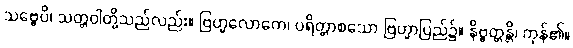
သဗ္ဗေပိ၊ သတ္တဝါတို့သည်လည်း။ ဗြဟ္မလောကေ၊ ပရိတ္တာစသော ဗြဟ္မာပြည်၌။ နိဗ္ဗတ္တန္တိ၊ ကုန်၏။